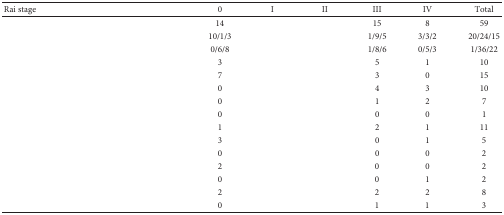
<table><thead><tr><td><b>Rai stage</b></td><td><b>0</b></td><td><b>I</b></td><td><b>II</b></td><td><b>III</b></td><td><b>IV</b></td><td><b>Total</b></td></tr></thead><tbody><tr><td>[EMPTY_CELL]</td><td>14</td><td>[EMPTY_CELL]</td><td>[EMPTY_CELL]</td><td>15</td><td>8</td><td>59</td></tr><tr><td>[EMPTY_CELL]</td><td>10/1/3</td><td>[EMPTY_CELL]</td><td>[EMPTY_CELL]</td><td>1/9/5</td><td>3/3/2</td><td>20/24/15</td></tr><tr><td>[EMPTY_CELL]</td><td>0/6/8</td><td>[EMPTY_CELL]</td><td>[EMPTY_CELL]</td><td>1/8/6</td><td>0/5/3</td><td>1/36/22</td></tr><tr><td>[EMPTY_CELL]</td><td>3</td><td>[EMPTY_CELL]</td><td>[EMPTY_CELL]</td><td>5</td><td>1</td><td>10</td></tr><tr><td>[EMPTY_CELL]</td><td>7</td><td>[EMPTY_CELL]</td><td>[EMPTY_CELL]</td><td>3</td><td>0</td><td>15</td></tr><tr><td>[EMPTY_CELL]</td><td>0</td><td>[EMPTY_CELL]</td><td>[EMPTY_CELL]</td><td>4</td><td>3</td><td>10</td></tr><tr><td>[EMPTY_CELL]</td><td>0</td><td>[EMPTY_CELL]</td><td>[EMPTY_CELL]</td><td>1</td><td>2</td><td>7</td></tr><tr><td>[EMPTY_CELL]</td><td>0</td><td>[EMPTY_CELL]</td><td>[EMPTY_CELL]</td><td>0</td><td>0</td><td>1</td></tr><tr><td>[EMPTY_CELL]</td><td>1</td><td>[EMPTY_CELL]</td><td>[EMPTY_CELL]</td><td>2</td><td>1</td><td>11</td></tr><tr><td>[EMPTY_CELL]</td><td>3</td><td>[EMPTY_CELL]</td><td>[EMPTY_CELL]</td><td>0</td><td>1</td><td>5</td></tr><tr><td>[EMPTY_CELL]</td><td>0</td><td>[EMPTY_CELL]</td><td>[EMPTY_CELL]</td><td>0</td><td>0</td><td>2</td></tr><tr><td>[EMPTY_CELL]</td><td>2</td><td>[EMPTY_CELL]</td><td>[EMPTY_CELL]</td><td>0</td><td>0</td><td>2</td></tr><tr><td>[EMPTY_CELL]</td><td>0</td><td>[EMPTY_CELL]</td><td>[EMPTY_CELL]</td><td>0</td><td>1</td><td>2</td></tr><tr><td>[EMPTY_CELL]</td><td>2</td><td>[EMPTY_CELL]</td><td>[EMPTY_CELL]</td><td>2</td><td>2</td><td>8</td></tr><tr><td>[EMPTY_CELL]</td><td>0</td><td>[EMPTY_CELL]</td><td>[EMPTY_CELL]</td><td>1</td><td>1</td><td>3</td></tr></tbody></table>